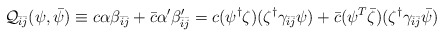
\begin{align*}{\cal Q}_{\bar{i}\bar{j}}(\psi,\bar{\psi})\equiv c\alpha\beta_{\bar{i}\bar{j}}+\bar{c}\alpha'\beta'_{\bar{i}\bar{j}}=c(\psi^{\dag}\zeta)(\zeta^{\dag}\gamma_{\bar{i}\bar{j}}\psi)+\bar{c}(\psi^{T}\bar{\zeta})(\zeta^{\dag}\gamma_{\bar{i}\bar{j}}\bar{\psi})\end{align*}